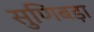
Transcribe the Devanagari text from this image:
सुणिबड़ा